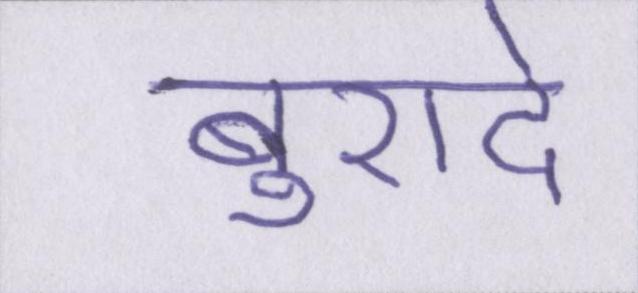
बुरादे